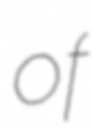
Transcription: of